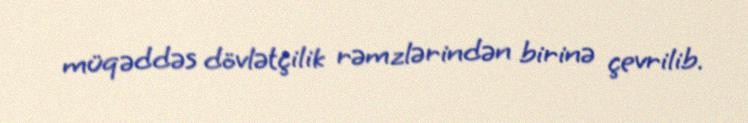
müqəddəs dövlətçilik rəmzlərindən birinə çevrilib.